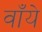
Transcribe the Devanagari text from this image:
वाँये